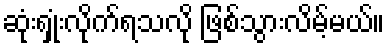
ဆုံးရှုံးလိုက်ရသလို ဖြစ်သွားလိမ့်မယ်။